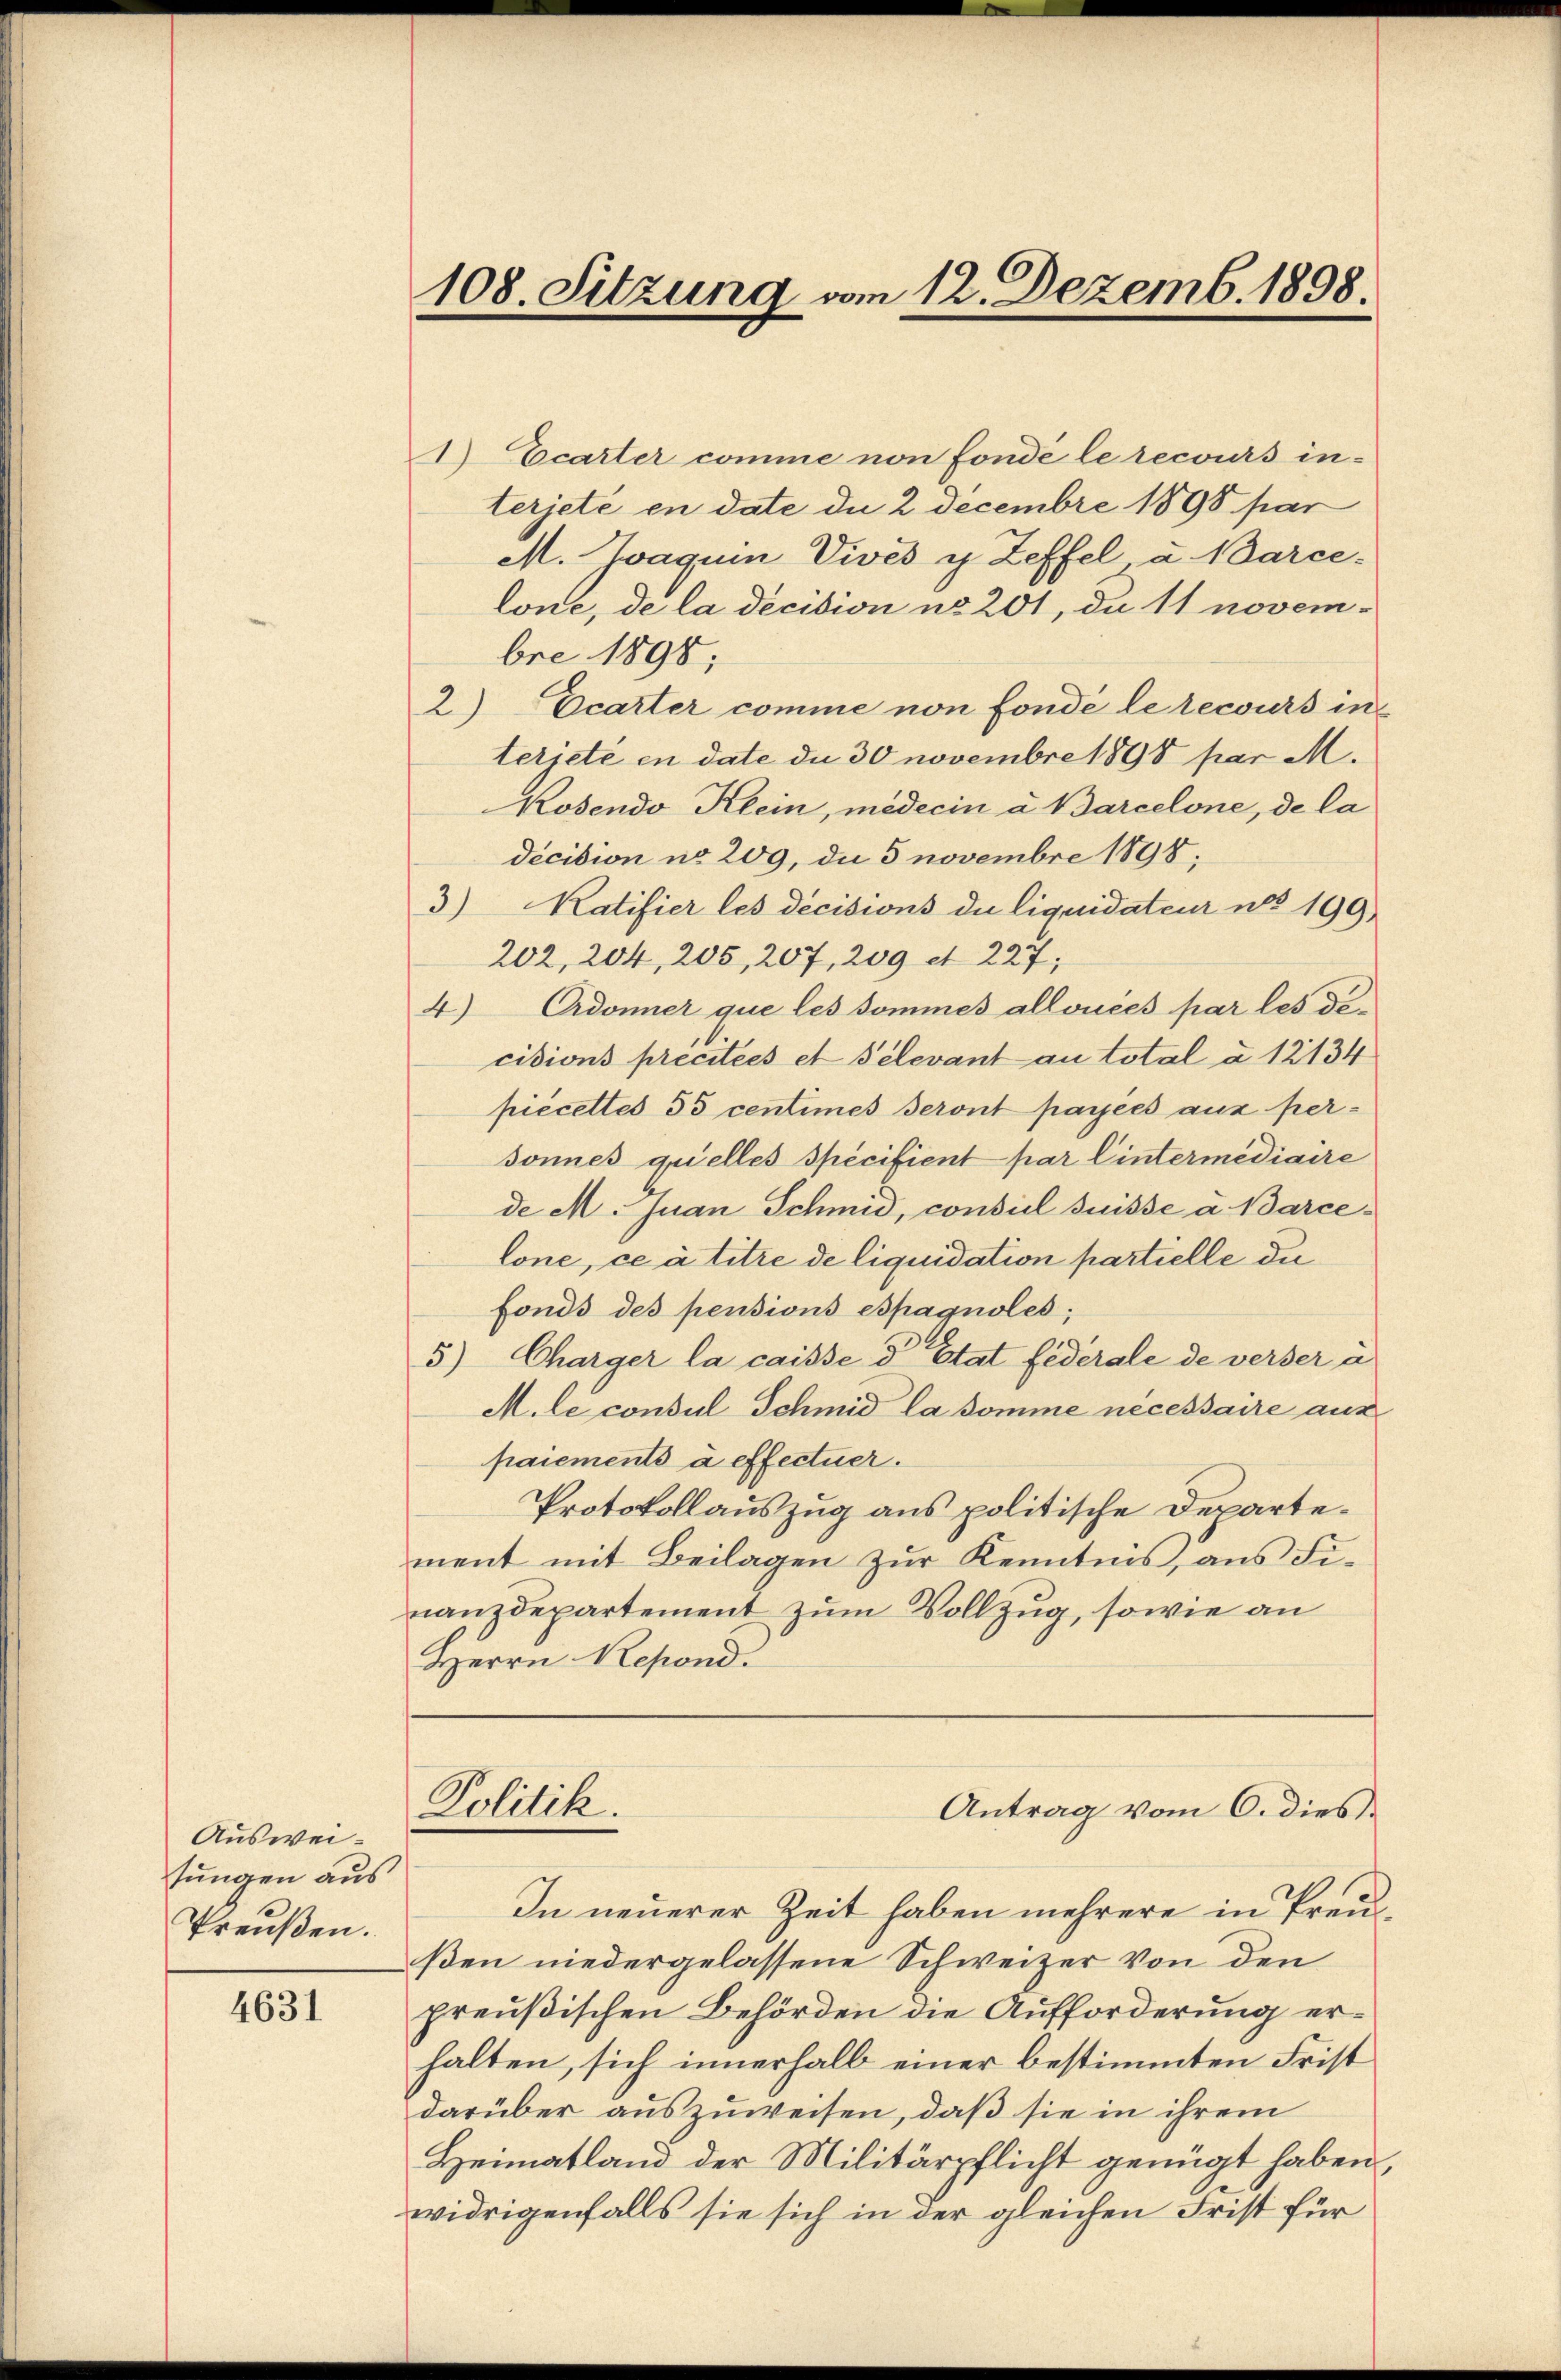
Ausweisungen aus
Preußen.

4631

108. Sitzung vom 12. Dezemb. 1898

1) Ecarter comme non fondé le recours in-
terjeté en date die 2 Decembre 1898 par
M. Zwagum Vives y Zeffel u. Marce-
lone, de la décision no 201, da 11 novembre 1898;
2) Ecarter comme non fondé le recours in
terjeté en date de 30 novembre 1898 par M.
Kosendo Klein, medicin à Barcelone, de la
decision no 209, die 5 novembre 1898,
3) Ratifier les decisions du liquidateur nos 199
202, 204, 205, 207, 209 et 227;
4) Ardonner que les sommes allouées par les decisions precitées et Selevant au total à 12134
piecettes 55 centimes seront payées aux personnes quelles spécifient par Eintermediaire
de M. Juan Schmid, consil Grisse à Barcelone, ce à titre de liquidation partielle da
fonds des pensions espagnoles;
5) Charger la caisse d’Etat federale de verser a
M. le consul Schmid la somme necessaire aus
paiements à effectuer.
Protokollauszug aus politische Departement mit Beilagen zŭr Kenntnis, ans Fi-
nanzdepartement zum Vollzug, sowie an
Herrn Resond.

In neuerer Zeit haben mehrere in Preußen niedergelassene Schweizer von den
preußischen Behörden die Aufforderung erhalten, sich innerhalb einer bestimmten Frist
darüber auszuweisen, daß sie in ihrem
Heimatland der Militärpflicht genügt haben,
widrigenfalls sie sich in der gleichen Frist für

Politik.

Antrag vom 6. dies